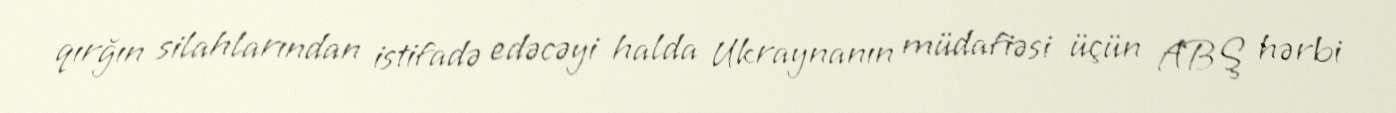
qırğın silahlarından istifadə edəcəyi halda Ukraynanın müdafiəsi üçün ABŞ hərbi